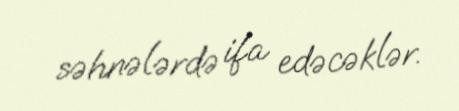
səhnələrdə ifa edəcəklər.